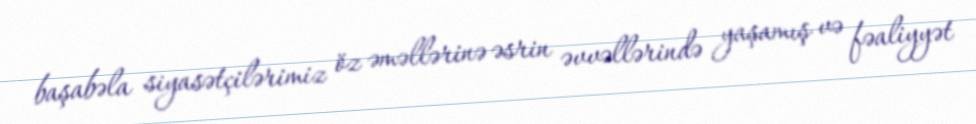
başabəla siyasətçilərimiz öz əməllərinə əsrin əvvəllərində yaşamış və fəaliyyət